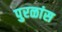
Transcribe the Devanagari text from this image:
पुरळांस